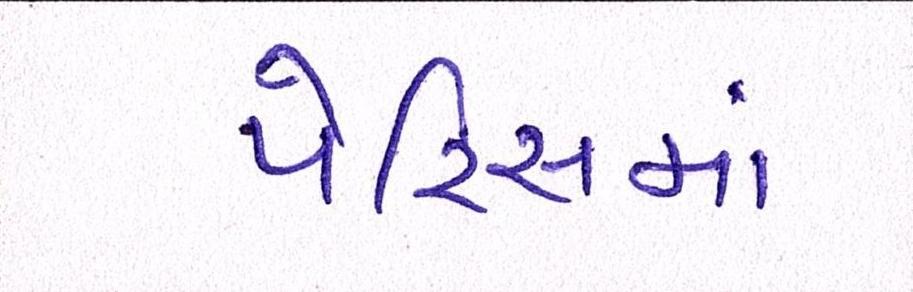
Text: પેરિસમાં